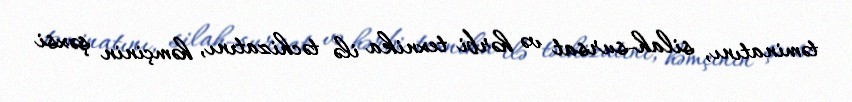
təminatını, silah-sursat və hərbi texnika ilə təchizatını, həmçinin şəxsi